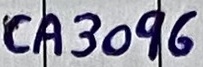
Text: CA3096